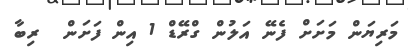
މަރިޔަން މަށަށް ފެނޭ އަލުން ގްރޭޑް 1 އިން ފަށަން  ރިބާ